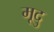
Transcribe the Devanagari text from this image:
मूदु